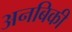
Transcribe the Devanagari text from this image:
अनबिकी